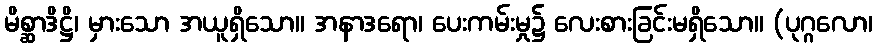
မိစ္ဆာဒိဋ္ဌိ၊ မှားသော အယူရှိသော။ အနာဒရော၊ ပေးကမ်းမှု၌ လေးစားခြင်းမရှိသော။ (ပုဂ္ဂလော၊